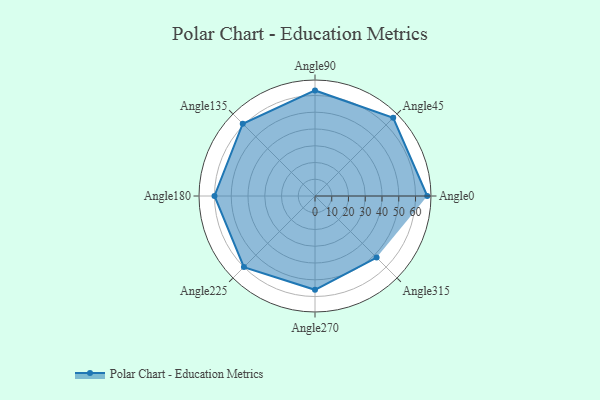
{"axis": {"x": "Angle", "y": "Radius"}, "legend": [""], "data": [{"x": "Angle0", "y": 67.0, "type": ""}, {"x": "Angle45", "y": 66.0, "type": ""}, {"x": "Angle90", "y": 63.0, "type": ""}, {"x": "Angle135", "y": 61.0, "type": ""}, {"x": "Angle180", "y": 60.0, "type": ""}, {"x": "Angle225", "y": 60.0, "type": ""}, {"x": "Angle270", "y": 56.0, "type": ""}, {"x": "Angle315", "y": 52.0, "type": ""}]}